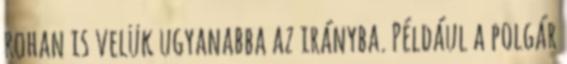
rohan is velük ugyanabba az irányba. Például a polgár